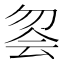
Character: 𱐹